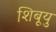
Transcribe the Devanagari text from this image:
शिबूयु